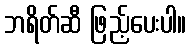
ဘရိတ်ဆီ ဖြည့်ပေးပါ။